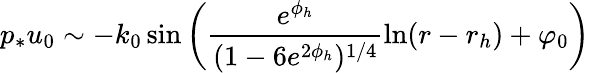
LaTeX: p_{*}u_{0}\sim-k_{0}\, \mathrm{sin}\left(\frac{e^{\phi_{h}}}{(1-6e^{2\phi_{h}})^{1/4}}\ln(r-r_{h})+\varphi_{0}\right)